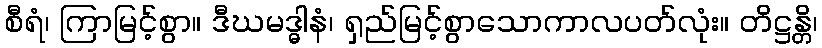
စီရံ၊ ကြာမြင့်စွာ။ ဒီဃမဒ္ဓါနံ၊ ရှည်မြင့်စွာသောကာလပတ်လုံး။ တိဋ္ဌန္တိ၊